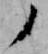
ノ